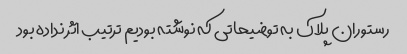
رستوران پلاک به توضیحاتی که نوشته بودیم ترتیب اثر نداده بود